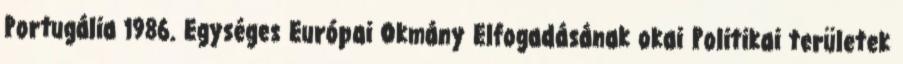
Portugália 1986. Egységes Európai Okmány Elfogadásának okai Politikai területek